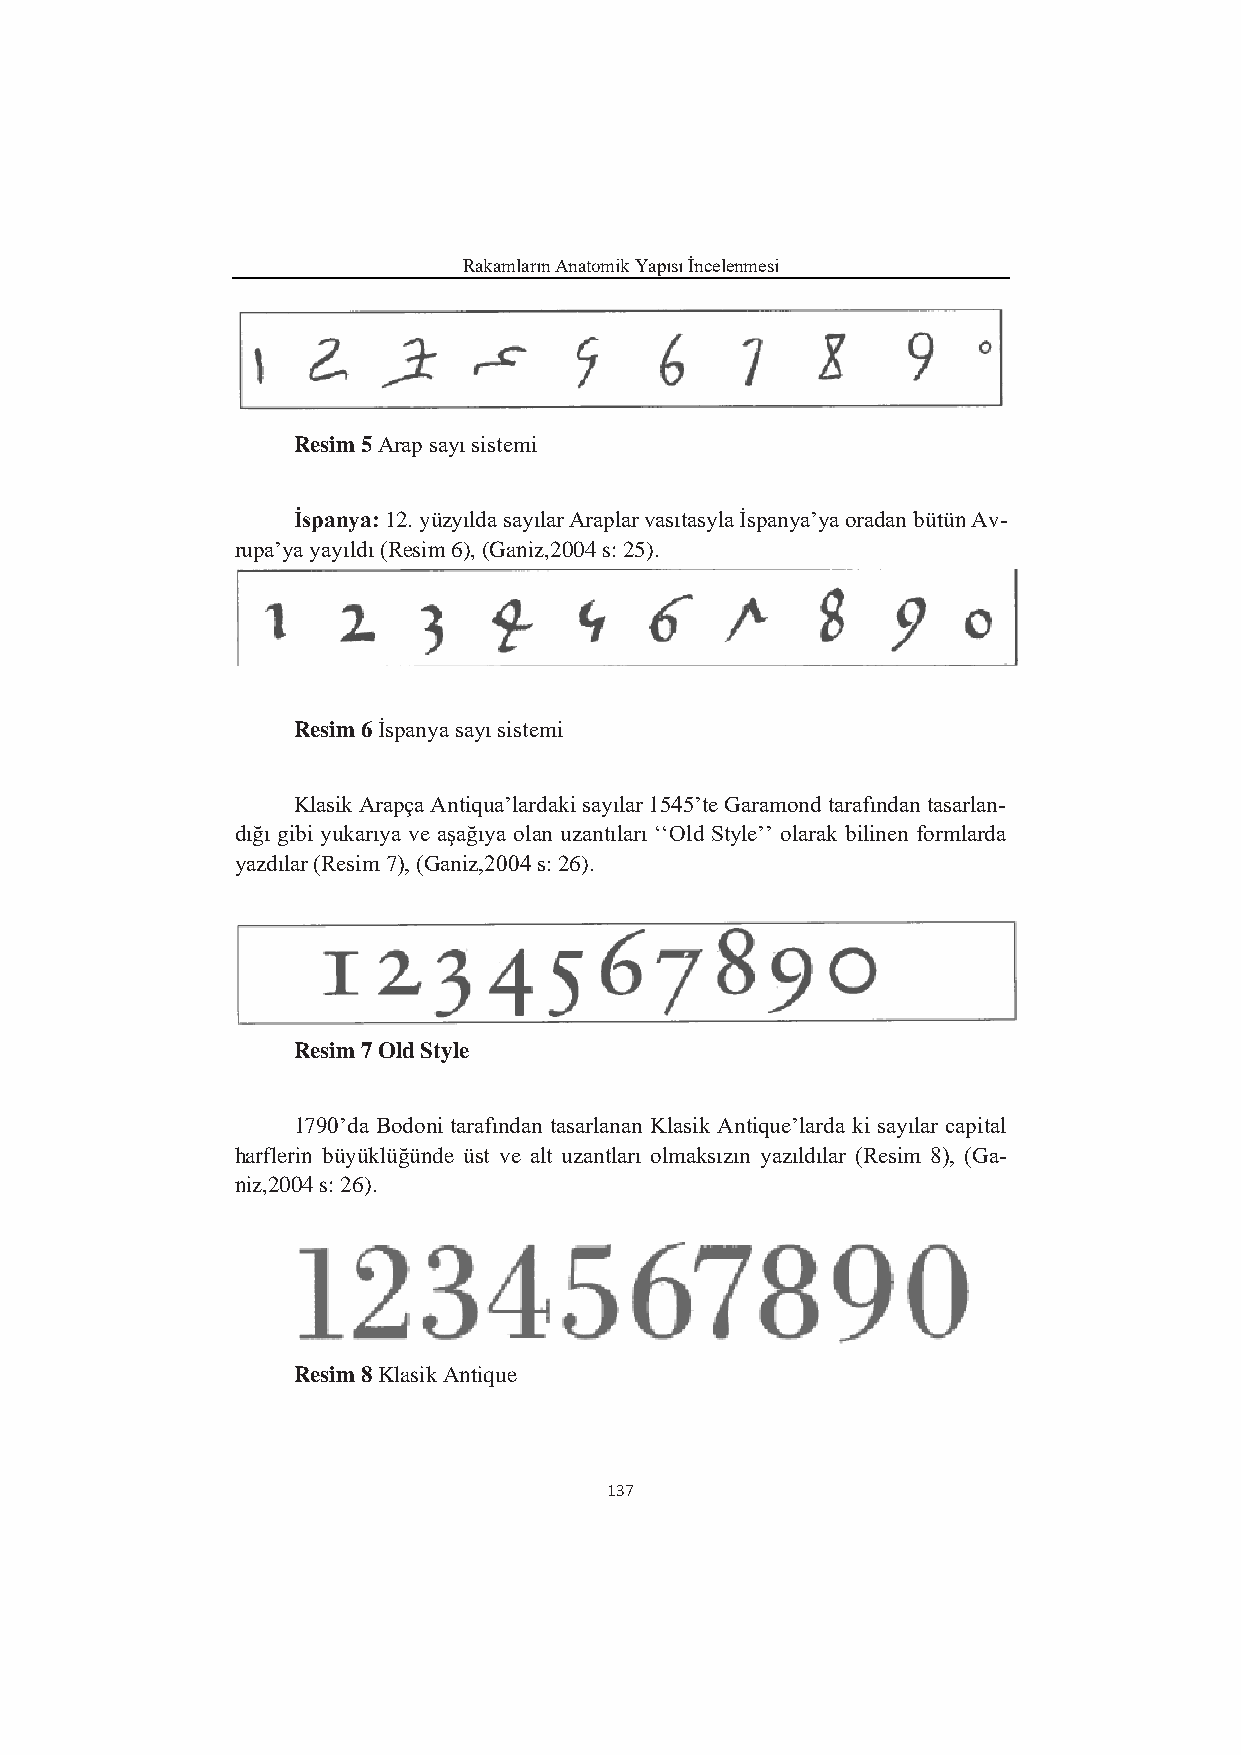
Rakamların Anatomik Yapısı İncelenmesi
 Resim 5 Arap sayı sistemi
 İspanya: 12. yüzyılda sayılar Araplar vasıtasyla İspanya’ya oradan bütün Av-
 rupa’ya yayıldı (Resim 6), (Ganiz,2004 s: 25).
 Resim 6 İspanya sayı sistemi
 Klasik Arapça Antiqua’lardaki sayılar 1545’te Garamond tarafından tasarlan-
 dığı gibi yukarıya ve aşağıya olan uzantıları ‘‘Old Style’’ olarak bilinen formlarda
 yazdılar (Resim 7), (Ganiz,2004 s: 26).
 Resim 7 Old Style
 1790’da Bodoni tarafından tasarlanan Klasik Antique’larda ki sayılar capital
 harflerin büyüklüğünde üst ve alt uzantları olmaksızın yazıldılar (Resim 8), (Ga-
 niz,2004 s: 26).
 Resim 8 Klasik Antique
 137